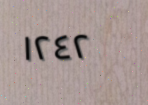
١٢٤٢